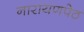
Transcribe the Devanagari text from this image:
नारायणपेठ